Lock hospitals Punjab
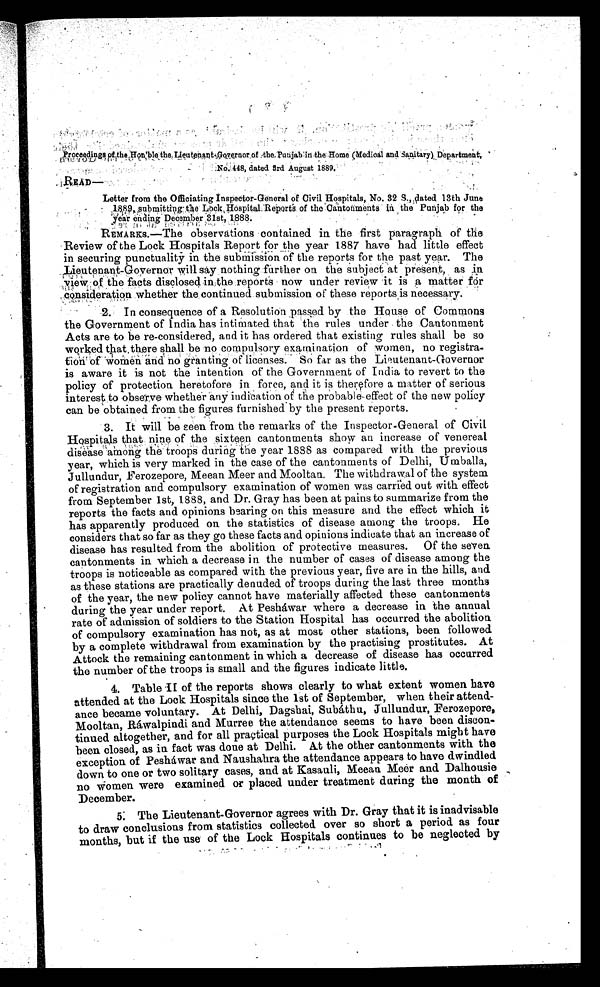
Proceedings of the Hon'ble the Lieutenant Governor of the Punjab in the Home (Medical and Sanitary) Department.
. .
Letter from the Officiating Inspector-General of Civil Hospitals, No. 32 S„dated 13th June
1 8 8 9 , s u b m i t t i n g t h e L o c k , H o s p i t a l R e p o r t s o f t h e C a n t o n m e n t s i n t h e P u n j a b f o r t h e
year ending December 31st, 1888.
REMARKS.—The observations contained in the first paragraph of the
Review of the Lock Hospitals Report for the year 1887 have had little effect
in securing punctuality in the submission of the reports for the past year. The
L i e u t e n a n t - G o v e r n o r w i l l s a y n o t h i n g f u r t h e r o n t h e s u b j e c t a t p r e s e n t s , a s i n
view of the facts disclosed in the reports now under review it is a matter for
consideration whether the continued submission of these reports is necessary.
2. In consequence of a Resolution passed by the House of Commons
the Government of India has intimated that the rules under the Cantonment
Acts are to be re-considered, and it has ordered that existing rules shall be so
worked that there shall be no compulsory examination of women, no registrar-
tion of women and no granting of licenses. So far as the Lieutenant-Governor
is aware it is not the intention of the Government of India to revert to the
policy of protection heretofore in force, and it is therefore a matter of serious
interest to observe whether any indication of the probable-effect of the new policy
can be obtained from the figures furnished by the present reports.
3. It will be seen from the remarks of the Inspector-General of Civil
Hospitals that nine of the sixteen cantonments show an increase of venereal
disease among the troops during the year 1888 as compared with the previous
year, which is very marked in the case of the cantonments of Delhi, Umballa,
Jullundur, Ferozepore, Meean Meer and Mooltan. The withdrawal of the system
of registration and compulsory examination of women was carried out with effect
from September 1st, 1888, and Dr. Gray has been at pains to summarize from the
reports the facts and opinions bearing on this measure and the effect which it
has apparently produced on the statistics of disease among the troops. He
considers that so far as they go these facts and opinions indicate that an increase of
disease has resulted from the abolition of protective measures. Of the seven
cantonments in which a decrease in the number of cases of disease among the
troops is noticeable as compared with the previous year, five are in the hills, and
as these stations are practically denuded of troops during the last three months
of the year, the new policy cannot have materially affected these cantonments
during the year under report. At Peshawar where a decrease in the annual
rate of admission of soldiers to the Station Hospital has occurred the abolition
of compulsory examination has not, as at most other stations, been followed
by a complete withdrawal from examination by the practising prostitutes. At
Attock the remaining cantonment in which a decrease of disease has occurred
the number of the troops is small and the figures indicate little.
4. Table II of the reports shows clearly to what extent women have
attended at the Lock Hospitals since the 1st of September, when their attend-
ance became voluntary. At Delhi, Dagshai, Subathu, Jullundur, Ferozepore,
Mooltan, Rawalpindi and Murree the attendance seems to have been discon-
tinued altogether, and for all practical purposes the Lock Hospitals might have
been closed, as in fact was done at Delhi. At the other cantonments with the
exception of Peshawar and Naushahra the attendance appears to have dwindled
down to one or two solitary cases, and at Kasauli, Meean Meer and Dalhousie
no women were examined or placed under treatment during the month of
December.
5. The Lieutenant-Governor agrees with Dr. Gray that it is inadvisable
to draw conclusions from statistics colleted over so short a period as four
months, but if the use of the Lock Hospitals continues to be neglected by